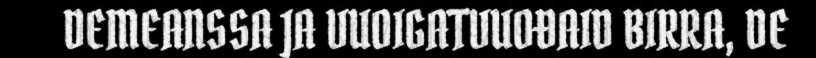
DEMEANSSA JA VUOIGATVUOĐAID BIRRA, DE